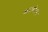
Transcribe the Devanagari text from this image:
कनसोल्स